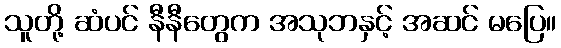
သူတို့ ဆံပင် နီနီတွေက အသုဘနှင့် အဆင် မပြေ။